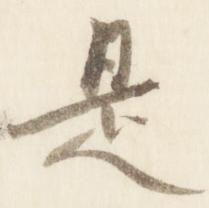
是